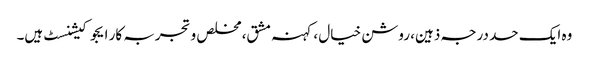
وہ ایک حد درجہ ذہین، روشن خیال ، کہنہ مشق، مخلص و تجربہ کار ایجوکیشنسٹ ہیں۔